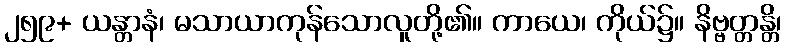
၂၅၉+ ယန္တာနံ၊ မသာယာကုန်သောလူတို့၏။ ကာယေ၊ ကိုယ်၌။ နိဗ္ဗတ္တန္တိ၊